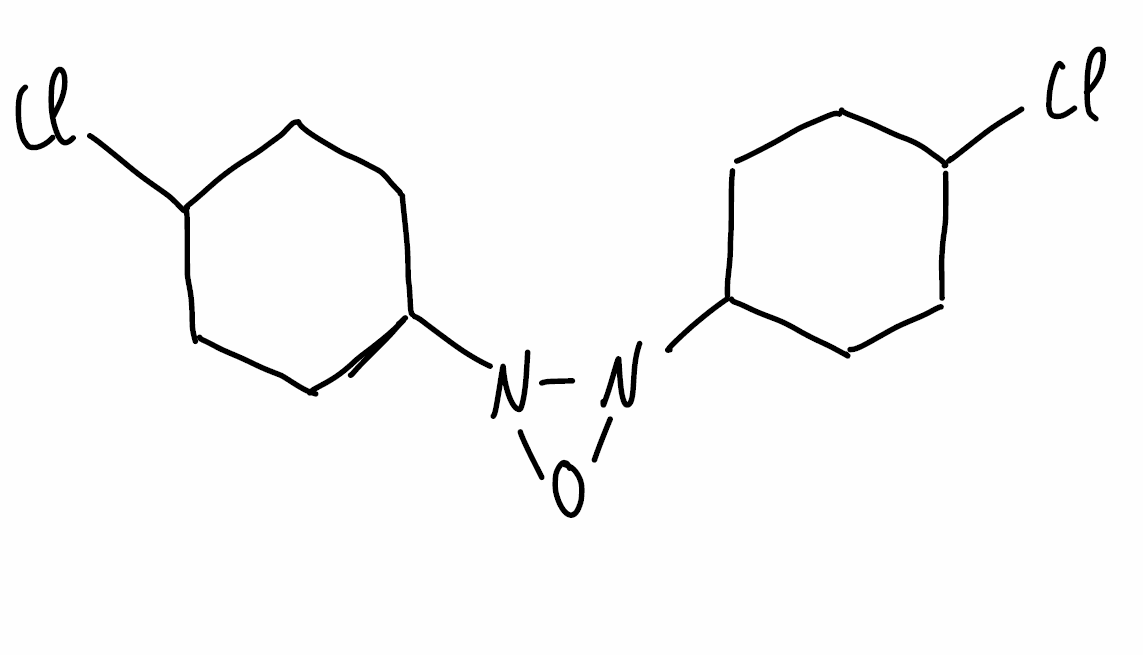
Simplified molecular-input line-entry system (SMILES) notation of the given molecule:
C1CC(CCC1N2N(O2)C3CCC(CC3)Cl)Cl